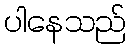
ပါနေသည်